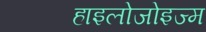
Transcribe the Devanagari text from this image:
हाइलोजोइज्म